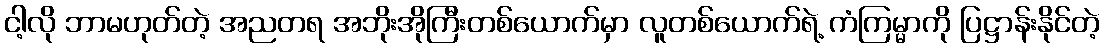
ငါ့လို ဘာမဟုတ်တဲ့ အညတရ အဘိုးအိုကြီးတစ်ယောက်မှာ လူတစ်ယောက်ရဲ့ ကံကြမ္မာကို ပြဋ္ဌာန်းနိုင်တဲ့